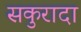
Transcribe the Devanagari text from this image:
सकुरादा